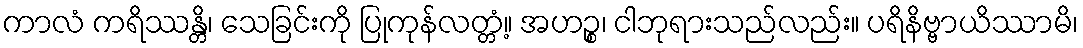
ကာလံ ကရိဿန္တိ၊ သေခြင်းကို ပြုကုန်လတ္တံ့။ အဟဉ္စ၊ ငါဘုရားသည်လည်း။ ပရိနိဗ္ဗာယိဿာမိ၊